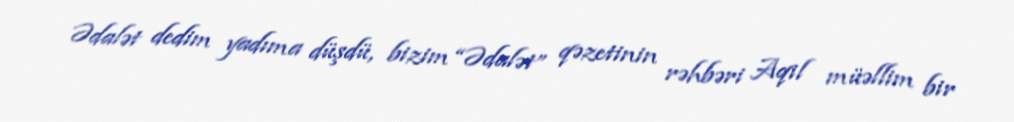
Ədalət dedim yadıma düşdü, bizim “Ədalət” qəzetinin rəhbəri Aqil müəllim bir